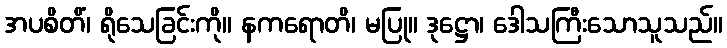
အပစိတိံ၊ ရိုသေခြင်းကို။ နကရောတိ၊ မပြု။ ဒုဋ္ဌော၊ ဒေါသကြီးသောသူသည်။